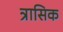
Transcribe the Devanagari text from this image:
त्रासिक